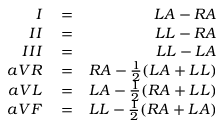
\begin{array} { r l r } { I } & { { } = } & { L A - R A } \\ { I I } & { { } = } & { L L - R A } \\ { I I I } & { { } = } & { L L - L A } \\ { a V R } & { { } = } & { R A - \frac { 1 } { 2 } ( L A + L L ) } \\ { a V L } & { { } = } & { L A - \frac { 1 } { 2 } ( R A + L L ) } \\ { a V F } & { { } = } & { L L - \frac { 1 } { 2 } ( R A + L A ) } \end{array}